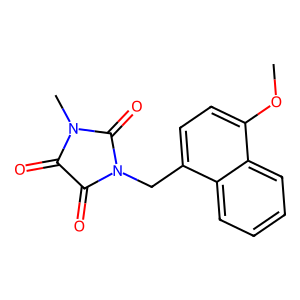
SMILES: COc1ccc(CN2C(=O)C(=O)N(C)C2=O)c2ccccc12
Inhibits HIV replication: No